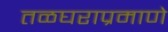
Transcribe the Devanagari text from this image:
तळघराप्रमाणे